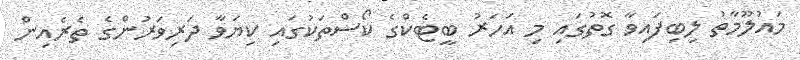
މައުލޫމާތު ލިބިފައިވާ ގޮތުގައި މި އަހަރު ބީޓެކްގެ ކޯސްތަކުގައި ކިޔަވާ ދަރިވަރުންގެ ތެރެއިން